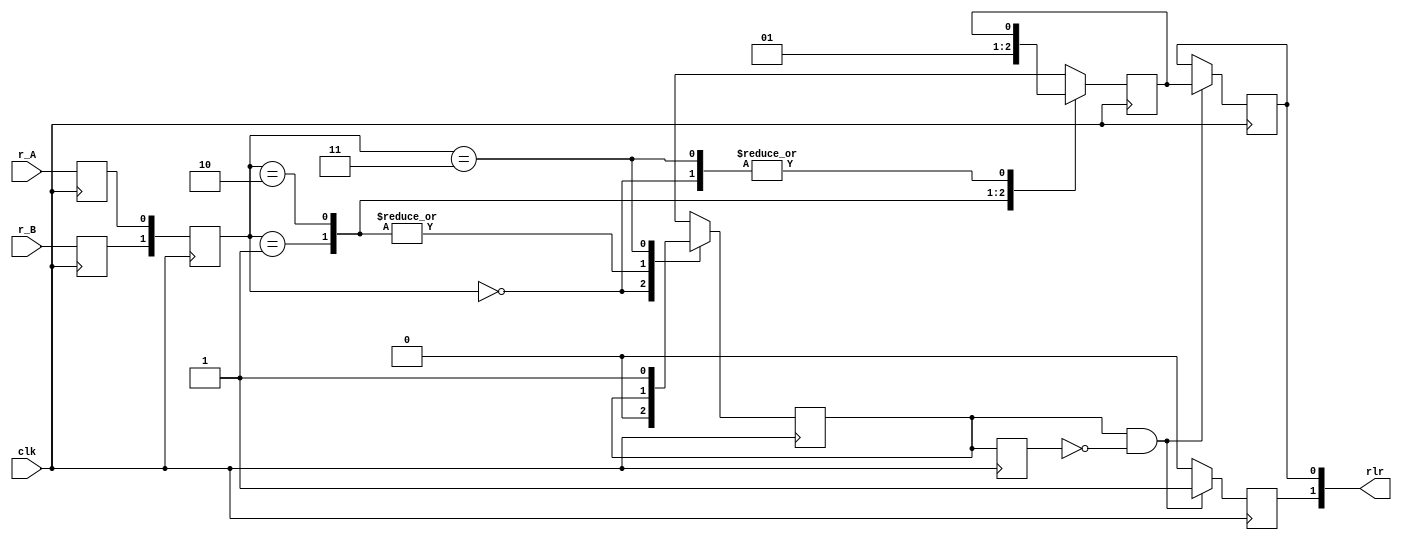
`timescale 1ns / 1ps
//////////////////////////////////////////////////////////////////////////////////
// Company: 
// Engineer: 
// 
// Design Name: 
// Module Name: r_enc
// Project Name: 
// Target Devices: 
// Tool Versions: 
// Description: 
// 
// Dependencies: 
// 
// Revision:
// Revision 0.01 - File Created
// Additional Comments:
// 
//////////////////////////////////////////////////////////////////////////////////


module r_enc(
    input r_A,
    input r_B,
    input clk,
    output [1:0] rlr
    );
    
    reg r_A_in;
    reg r_B_in;
    reg [1:0] r_in;
    
    reg r_q1;
    reg delay_r_q1;
    reg r_q2;
    
    reg r_event;
    reg r_left;
    
    always @(posedge clk)
    begin
        r_A_in <= r_A;
        r_B_in <= r_B;
        r_in <= {r_B_in, r_A_in};
        case(r_in)
            2'b00: begin r_q1 <= 0; r_q2 <= r_q2; end
            2'b01: begin r_q1 <= r_q1; r_q2 <= 0; end
            2'b10: begin r_q1 <= r_q1; r_q2 <= 1; end
            2'b11: begin r_q1 <= 1; r_q2 <= r_q2; end
            default: begin r_q1 <= r_q1; r_q2 <= r_q2; end
        endcase
    end
    
    always @(posedge clk)
    begin
        delay_r_q1 <= r_q1;
        if((r_q1 == 1) && (delay_r_q1 ==0))
        begin
            r_event <= 1; r_left <= r_q2;
        end
        else begin
            r_event <= 0; r_left <= r_left;
        end
        
    end
    assign rlr = {r_event, r_left};
    
endmodule